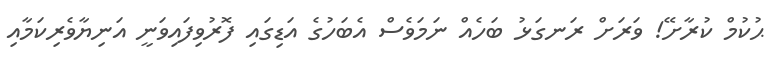
ޙުކުމް ކުރާށޭ! ވަރަށް ރަނގަޅު ބަހެއް ނަމަވެސް އެބަހުގެ އަޑިގައި ފޮރުވިފައިވަނީ އަނިޔާވެރިކަމާއި